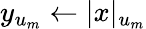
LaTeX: y_{u_{m}}\gets|x|_{u_{m}}